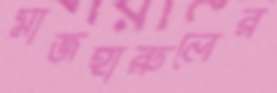
মাজহারুলের